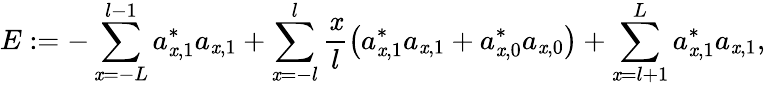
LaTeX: E:=-\sum_{\mathit{x}=-L}^{l-1}a_{\mathit{x},1}^{\ast}a_{\mathit{x},1}+\sum_{\mathit{x}=-l}^{l}\frac{{\mathit{x}}}{{l}}\left(a_{\mathit{x},1}^{\ast}a_{\mathit{x},1}+a_{\mathit{x},0}^{\ast}a_{\mathit{x},0}\right)+\sum_{\mathit{x}=l+1}^{L}a_{\mathit{x},1}^{\ast}a_{\mathit{x},1},